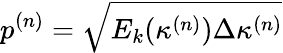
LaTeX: p^{(n)}=\sqrt{E_{k}(\kappa^{(n)})\Delta\kappa^{(n)}}